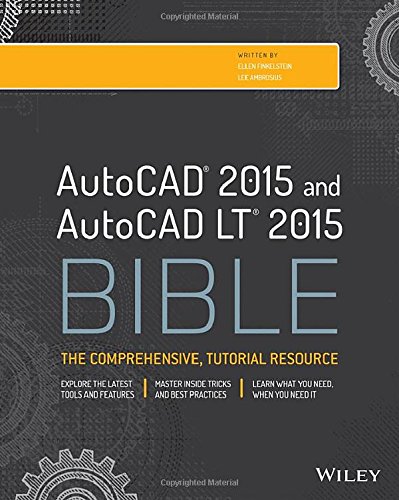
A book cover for AutoCAD 2015 and AutoCAD LT 2015 Bible; Ellen Finkelstein; Engineering & Transportation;